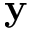
\mathbf { y }